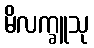
မိလက္ခူသု